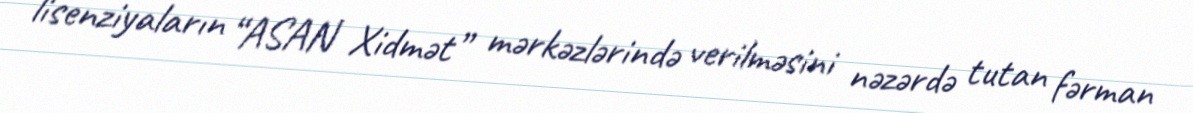
lisenziyaların “ASAN Xidmət” mərkəzlərində verilməsini nəzərdə tutan fərman